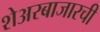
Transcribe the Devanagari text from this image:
शेअरबाजारची